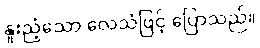
နူးညံ့သော လေသံဖြင့် ပြောသည်။